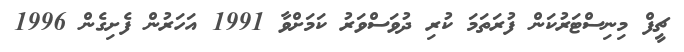
ޗީފް މިނިސްޓަރުކަން ފުރަތަމަ ކުރި ދުވަސްވަރު ކަމަށްވާ 1991 އަހަރުން ފެށިގެން 1996